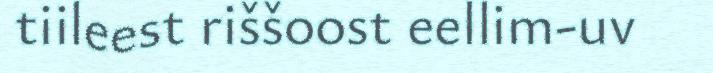
tiileest riššoost eellim-uv